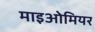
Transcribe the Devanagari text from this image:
माइओमियर